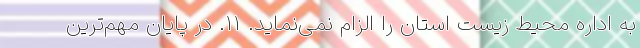
به اداره محیط زيست استان را الزام نمی‌نماید. ١١. در پایان مهم‌ترین